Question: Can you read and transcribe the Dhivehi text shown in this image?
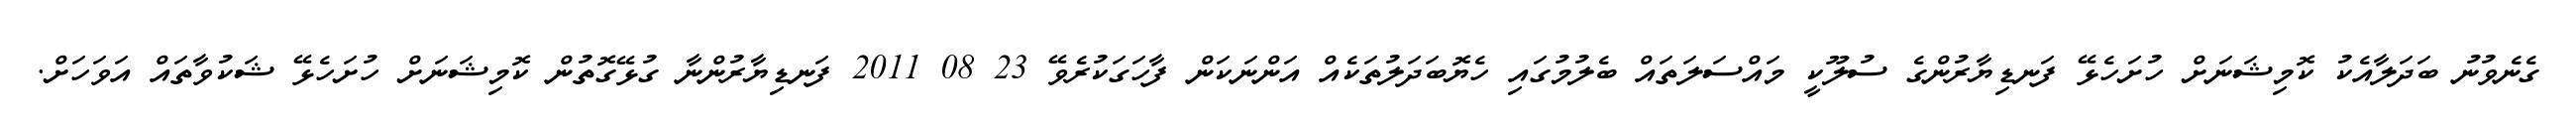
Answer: ގެނެވުނު ބަދަލާއެކު ކޮމިޝަނަށް ހުށަހެޅޭ ފަނޑިޔާރުންގެ ސުލޫކީ މައްސަލަތައް ބެލުމުގައި ހެޔޮބަދަލުތަކެއް އަންނަކަން ފާހަގަކުރެވޭ 23 08 2011 ފަނޑިޔާރުންނާ ގުޅޭގޮތުން ކޮމިޝަނަށް ހުށަހެޅޭ ޝަކުވާތައް އަވަހަށް.